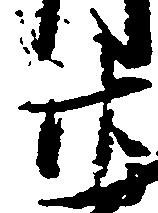
廿